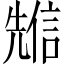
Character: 𠒷